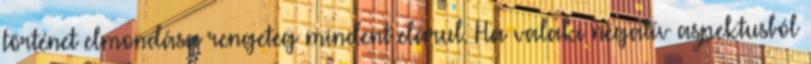
történet elmondása rengeteg mindent elárul. Ha valaki negatív aspektusból